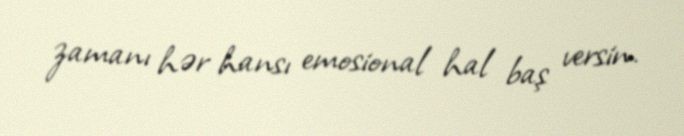
zamanı hər hansı emosional hal baş versin.